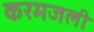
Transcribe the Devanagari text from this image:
करमजली